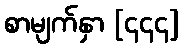
စာမျက်နှာ [၄၄၄]